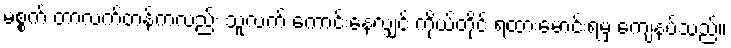
မစ္စက် တာလက်တန်ကလည်း သူ့လက် ကောင်းနေလျှင် ကိုယ်တိုင် ရထားမောင်းရမှ ကျေနပ်သည်။